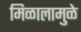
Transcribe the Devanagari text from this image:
मिळालामुळे